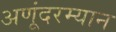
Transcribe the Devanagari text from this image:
अणूंदरम्यान